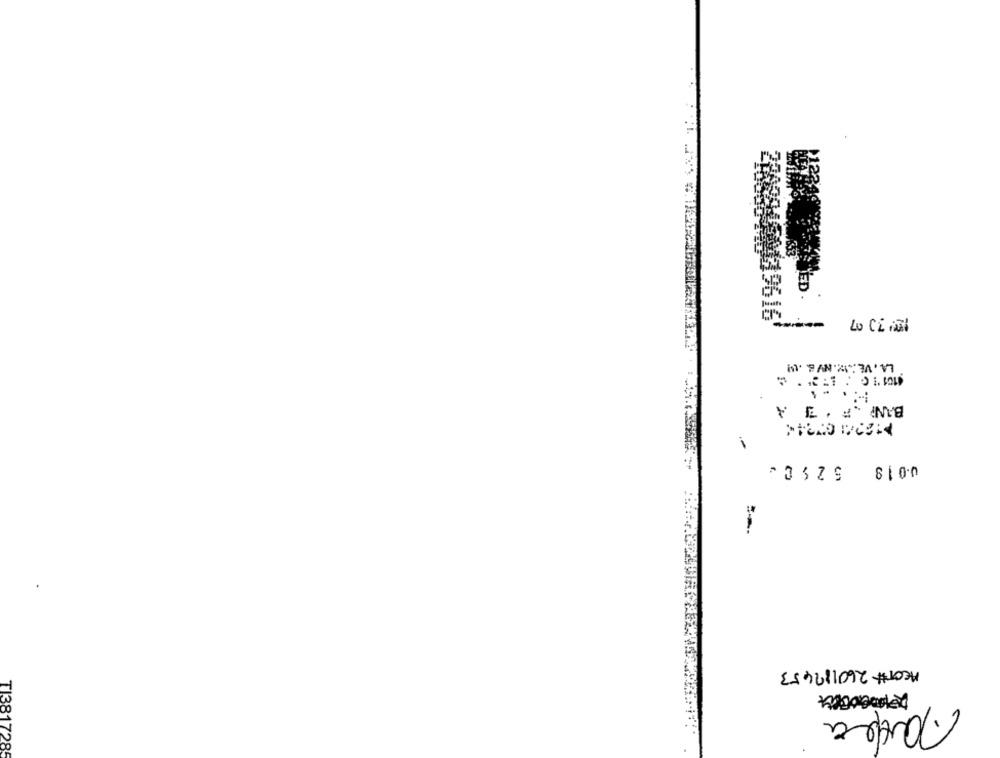
19616
Lo CLINI
LA. VE:IN.NV &. . UM
-
0.0 18
ACCT# 260182453
Madea
TI3817285